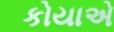
કોયાએ